Indian journal of veterinary science and animal husbandry - Volumes 18-21, 1948-1951
Year: 1948
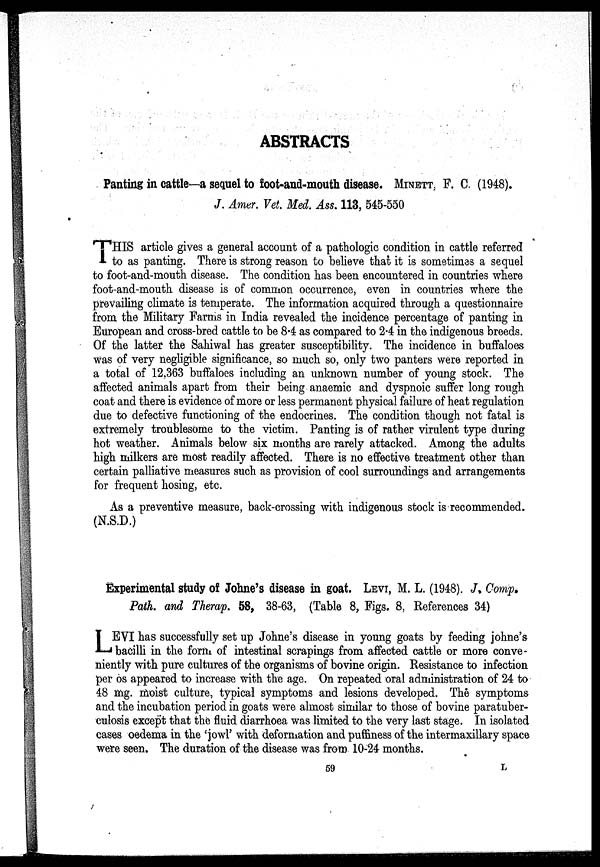
ABSTRACTS
Panting in cattle—a sequel to foot-and-mouth disease. MINETT, F. C. (1948).
J. Amer. Vet. Med. Ass. 113, 545-550
THIS article gives a general account of a pathologic condition in cattle referred
to as panting. There is strong reason to believe that it is sometimes a sequel
to foot-and-mouth disease. The condition has been encountered in countries where
foot-and-mouth disease is of common occurrence, even in countries where the
prevailing climate is temperate. The information acquired through a questionnaire
from the Military Farms in India revealed the incidence percentage of panting in
European and cross-bred cattle to be 8.4 as compared to 2.4 in the indigenous breeds.
Of the latter the Sahiwal has greater susceptibility. The incidence in buffaloes
was of very negligible significance, so much so, only two panters were reported in
a total of 12,363 buffaloes including an unknown number of young stock. The
affected animals apart from their being anaemic and dyspnoic suffer long rough
coat and there is evidence of more or less permanent physical failure of heat regulation
due to defective functioning of the endocrines. The condition though not fatal is
extremely troublesome to the victim. Panting is of rather virulent type during
hot weather. Animals below six months are rarely attacked. Among the adults
high milkers are most readily affected. There is no effective treatment other than
certain palliative measures such as provision of cool surroundings and arrangements
for frequent hosing, etc.
As a preventive measure, back-crossing with indigenous stock is recommended.
(N.S.D.)
Experimental study of Johne's disease in goat. LEVI, M. L. (1948). J. Comp.
Path. and Therap. 58, 38-63, (Table 8, Figs. 8, References 34)
L EVI has successfully set up Johne's disease in young goats by feeding johne's
bacilli in the form of intestinal scrapings from affected cattle or more conve-
niently with pure cultures of the organisms of bovine origin. Resistance to infection
per os appeared to increase with the age. On repeated oral administration of 24 to
48 mg. moist culture, typical symptoms and lesions developed. The symptoms
and the incubation period in goats were almost similar to those of bovine paratuber-
culosis except that the fluid diarrhoea was limited to the very last stage. In isolated
cases oedema in the 'jowl' with deformation and puffiness of the intermaxillary space
were seen. The duration of the disease was from 10-24 months.
59 L